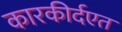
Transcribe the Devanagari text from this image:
कारकीर्दएत